Lunatic asylums Central Provinces reports 1910-1926 - 1910-1926
Year: 1910
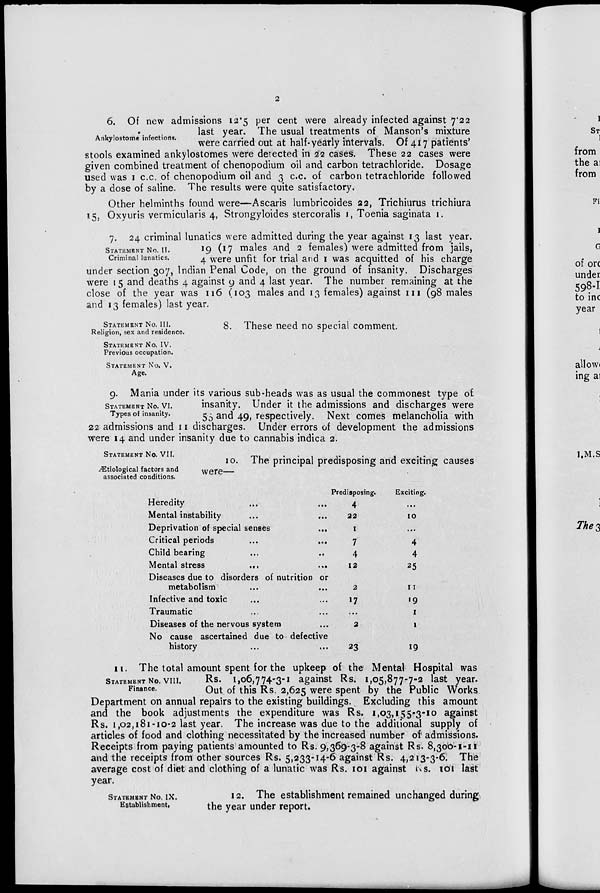
2
Ankylostome infections.
6. Of new admissions 12.5 per cent were already infected against 7.22
last year. The usual treatments of Manson's mixture
were carried out at half-yearly intervals. Of 417 patients'
stools examined ankylostomes were detected in 22 cases. These 22 cases were
given combined treatment of chenopodium oil and carbon tetrachloride. Dosage
used was 1 c.c. of chenopodium oil and 3 c.c. of carbon tetrachloride followed
by a dose of saline. The results were quite satisfactory.
Other helminths found were—Ascaris lumbricoides 22, Trichiurus trichiura
15. Oxyuris vermicularis 4, Strongyloides stercoralis 1, Toenia saginata 1.
STATEMENT NO. II.
Criminal lunatics.
7. 24 criminal lunatics were admitted during the year against 13 last year.
19 (17 males and 2 females) were admitted from jails,
4 were unfit for trial and 1 was acquitted of his charge
under section 307, Indian Penal Code, on the ground of insanity. Discharges
were 15 and deaths 4 against 9 and 4 last year. The number remaining at the
close of the year was 116 (103 males and 13 females) against 111 (98 males
and 13 females) last year.
STATEMENT NO. III.
Religion, sex and residence.
STATEMENT NO. IV.
Previous occupation.
STATEMENT NO. V.
Age.
8. These need no special comment.
STATEMENT No.VI.
Types of insanity.
9. Mania under its various sub-heads was as usual the commonest type of
insanity. Under it the admissions and discharges were
55 and 49, respectively. Next comes melancholia with
22 admissions and 11 discharges. Under errors of development the admissions
were 14 and under insanity due to cannabis indica 2.
STATEMENT NO. VII.
Ætiological factors and
associated conditions.
10. The principal predisposing and exciting causes
were—
Heredity ... ...
Mental instability ... ...
Deprivation of special senses ... ...
Critical periods
...
...
Child bearing ... ...
Mental stress
...
...
Diseases due to disorders of nutrition or
metabolism ... ...
Infective and toxic ... ...
Traumatic ... ...
Diseases of the nervous system ...
No cause ascertained due to defective
history ... ...
Predisposing.
4
22
1
7
4
12
2
17
...
2
23
Exciting.
...
10
...
4
4
25
11
19
1
1
19
STATEMENT NO. VIII.
Finance.
11. The total amount spent for the upkeep of the Mental Hospital was
Rs. 1,06,774-3-1 against Rs. 1,05,877-7-2 last year.
Out of this Rs. 2,625 were spent by the Public Works
Department on annual repairs to the existing buildings. Excluding this amount
and the book adjustments the expenditure was Rs. 1,03,155-3-10 against
Rs. 1,02,181-10-2 last year. The increase was due to the additional supply of
articles of food and clothing necessitated by the increased number of admissions.
Receipts from paying patients amounted to Rs. 9,369-3-8 against Rs. 8,300-1-11
and the receipts from other sources Rs. 5,233-14-6 against Rs. 4,213-3-6. The
average cost of diet and clothing of a lunatic was Rs. 101 against Rs. 101 last
year.
STATEMENT NO. IX.
Establishment.
12. The establishment remained unchanged during
the year under report.